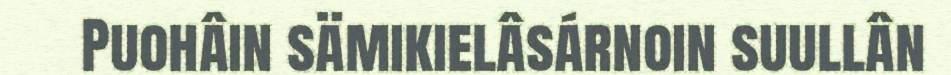
Puohâin sämikielâsárnoin suullân